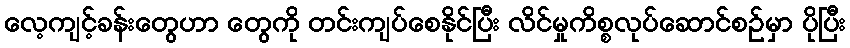
လေ့ကျင့်ခန်းတွေဟာ တွေကို တင်းကျပ်စေနိုင်ပြီး လိင်မှုကိစ္စလုပ်ဆောင်စဉ်မှာ ပိုပြီး